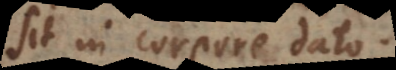
sit in corpore dato.